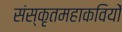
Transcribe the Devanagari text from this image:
संस्कृतमहाकवियों